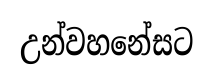
උන්වහනේසට